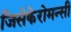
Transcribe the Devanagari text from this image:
जिसेकेरोमन्सी